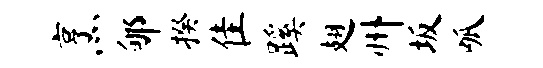
烹郇揆隹蹊翅州坂呱